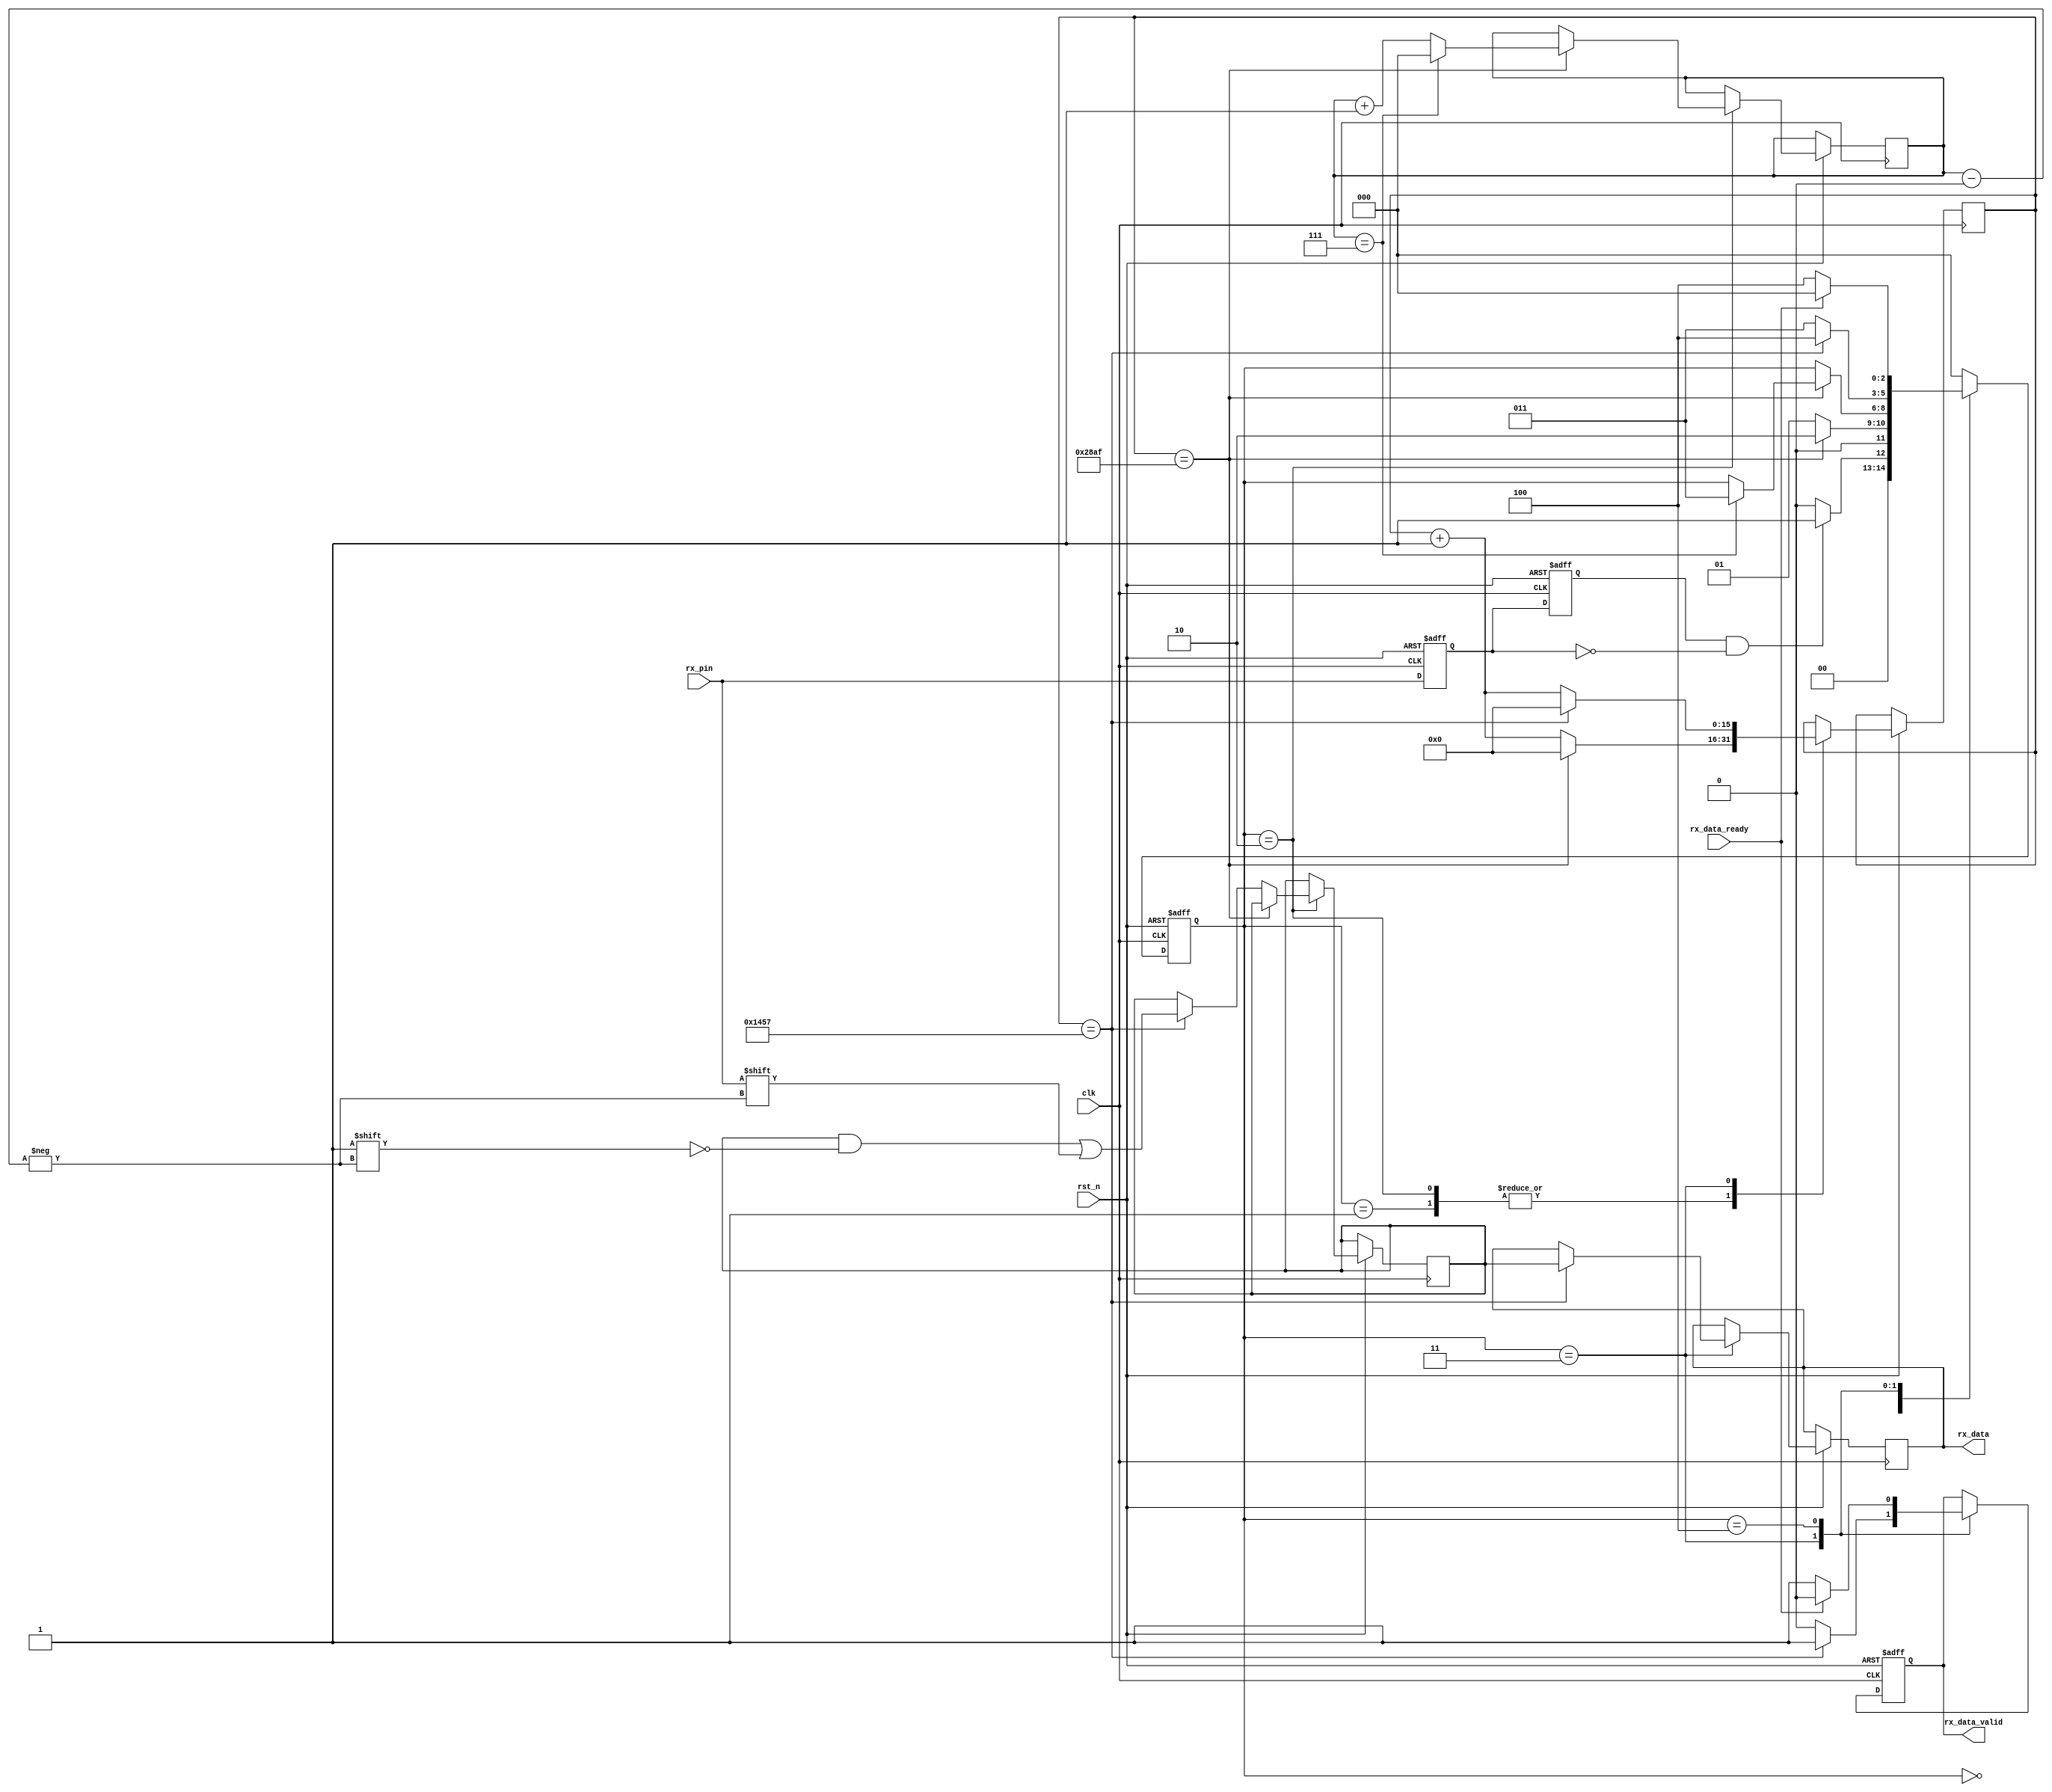
module uart_rx

#( 
    parameter clk_fre = 100,
    parameter baud_rate = 9600
)
(

    input clk,
    input rst_n,
    
    input rx_pin,
    
        
    input rx_data_ready,
    
    output reg rx_data_valid,
    output reg [7:0] rx_data
);
//calculates the clock cycle for baud rate 
localparam cycle = clk_fre * 1000000/baud_rate;
parameter rx_idle=3'b000;
parameter rx_start=3'b001;
parameter rx_rcv_byte=3'b010;
parameter rx_stop=3'b011;
parameter rx_data_state =3'b100;

reg [2:0]rx_state=0;
reg [2:0]next_stae;
reg rx_d0;
reg rx_d1;

wire rx_negedge;
reg [7:0] rx_bits=0;
reg [15:0] cycle_cnt=0;
reg [2:0] bit_cnt=0;

assign rx_negedge = rx_d1 && ~rx_d0;


// This part is for detecting the start of the translation f
always @(posedge clk or negedge rst_n)
begin
    if (rst_n ==1'b0)
        begin
            rx_d0 <=0;
            rx_d1 <=0;
        
        end
    else 
    begin
        rx_d0 <= rx_pin;
        rx_d1 <= rx_d0; 
    end
end


always@(posedge clk or negedge rst_n)
begin
    if (rst_n == 1'b0)
        begin
            rx_state <= rx_idle;
            rx_data_valid <= 1'b0;
            
        end
    else 
        begin
            case(rx_state)
            rx_idle:
                begin
                    if(rx_negedge == 1'b1)
                        rx_state <= rx_start;
                    else
                        rx_state <= rx_idle;
                 end
            rx_start:
                begin
                    if(cycle_cnt == cycle -1)
                        begin
                            rx_state <= rx_rcv_byte;
                            cycle_cnt <= 16'd0;
                        end
                    else
                        begin
                            rx_state <= rx_start;
                            cycle_cnt <= cycle_cnt + 16'd1;
                        end
                end
            rx_rcv_byte:
                begin
                    if(cycle_cnt == cycle - 1)
                    //8bit/8
                    begin
                        if(bit_cnt == 3'd7)
                            begin
                                rx_state <= rx_stop;
                                bit_cnt <= 3'd0;
                                cycle_cnt <= 16'd0;
                            end
                        else
                            begin
                                bit_cnt <= bit_cnt + 3'd1;
                                cycle_cnt <= 16'd0;
                            end
                        
                    end
                    else if (cycle_cnt == cycle/2 -1)
                        begin
                            rx_bits[bit_cnt] <= rx_pin;
                            cycle_cnt <= cycle_cnt + 16'd1;
                        end
                    else
                        cycle_cnt <= cycle_cnt + 16'd1;
                        
                end
            rx_stop:
                begin
                
                    if(cycle_cnt == cycle/2 -1)
                        begin
                            rx_state <= rx_data_state;      
                            rx_data <= rx_bits;//latch received data
                            cycle_cnt <= 16'd0;    
                            rx_data_valid <=1'b1;
                            
                        end
                    else
                        begin   
                            rx_state <= rx_stop;
                            rx_data_valid <=1'b0;
                            cycle_cnt <= cycle_cnt + 16'd1;
                        end
                end
            rx_data_state:
                begin                   
                    
                    if(rx_data_ready) // 
                        begin
                            rx_state <= rx_idle;
                            rx_data_valid <=1'b0;
                        end
                    else
                        begin                   
                            rx_data_valid <=1'b1;
                            rx_state <= rx_data_state;
                        end
                end
          default:
                rx_state <= rx_idle;
        endcase
    end
end

endmodule